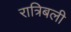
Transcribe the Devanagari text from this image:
रात्रिबली